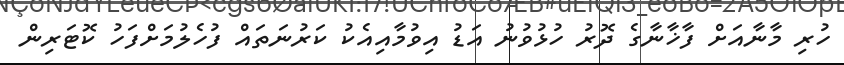
ހުރި މާނާއަށް ފާޚާނާގެ ދޮރު ހުޅުވުނު އަޑު އިވުމާއިއެކު ކަރުނަތައް ފުހެލުމަށްފަހު ކޮޓަރިން